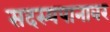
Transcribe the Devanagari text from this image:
सदस्यपानावर